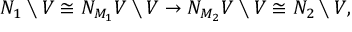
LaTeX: N _ { 1 } \setminus V \cong N _ { M _ { 1 } } V \setminus V \to N _ { M _ { 2 } } V \setminus V \cong N _ { 2 } \setminus V ,